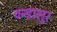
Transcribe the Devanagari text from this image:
वन्डालुर